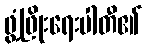
ဖွံ့ဖြိုးရေးပါတီ၏